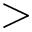
>